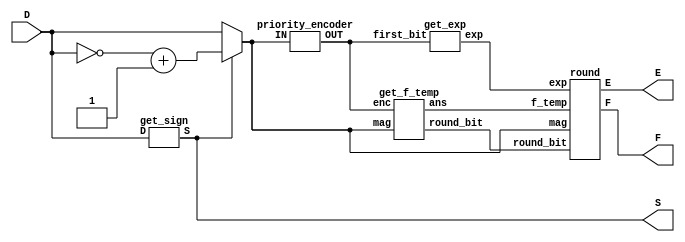
`timescale 1ns / 1ps
//////////////////////////////////////////////////////////////////////////////////
// Company: 
// Engineer: 
// 
// Design Name: 
// Module Name:    int_to_float.v 
// Project Name: 
// Target Devices: 
// Tool versions: 
// Description: 
//
// Dependencies: 
//
// Revision: 
// Revision 0.01 - File Created
// Additional Comments: 
//
//////////////////////////////////////////////////////////////////////////////////
module FPCVT(
    input [11:0] D,
    output S,
    output [2:0] E,
    output [3:0] F
    );
	 
	 wire [11:0] mag;
	 //wire first_bit;
	 wire [3:0] first_bit;
	 wire [3:0] f_temp;
	 wire round_bit;
	 wire [2:0] exp;
	
	 get_sign sign1(.D(D), .S(S));
	 
	 assign mag[11:0] = (S) ? (~D + 1) : D;
	 
	 priority_encoder p1(.IN(mag), .OUT(first_bit));
	 
	 get_f_temp gm1(.enc(first_bit), .mag(mag), .ans(f_temp), .round_bit(round_bit));
	 get_exp e1(.first_bit(first_bit), .exp(exp));
	 
	 round r1(.mag(mag), .f_temp(f_temp), .exp(exp), .round_bit(round_bit), .F(F), .E(E));
	 
	 
	
endmodule
	
//get sign 
module get_sign(input [11:0] D, output S);
	assign S = D[11];
endmodule

//get magnitude value
module get_f_temp(input [3:0] enc, input [11:0] mag, output reg [3:0] ans, output reg round_bit);
	always @ (enc, mag) begin
		if (enc <= 3) begin
			ans[3:0] <= mag[3:0];
			round_bit <= 0;
		end
		else begin
			ans[3:0] <= mag[enc -: 4];
			round_bit <= mag[enc-4];
		end
	end
endmodule

//get exponent value
module get_exp(input [3:0] first_bit, output reg [2:0] exp);
	always @ (first_bit) begin
	if (first_bit <= 3)
		exp[2:0] <= 0;
	else
		exp[2:0] <= first_bit[3:0] - 3;
	end

endmodule

module round(input [11:0] mag, input [3:0] f_temp, input [2:0] exp, input round_bit, output [3:0] F, output [2:0] E);
	wire [3:0] f1;
	wire [2:0] e1;
	wire overflow;
	assign overflow = (&f_temp) && round_bit;
	assign f1 = (round_bit && (&f_temp)) ? 4'b1000 : (round_bit ? f_temp + 1 : f_temp);
	
	assign e1 = ((exp >= 7) && overflow) ? 7 : (overflow ? exp + 1 : exp);
	assign F = mag >= 1921 ? 4'b1111 : f1;
	assign E = mag >= 1921 ? 3'b111 : e1;
endmodule
	
//get position of leading 1
module priority_encoder(
	input wire [11:0] IN,
	output reg [3:0] OUT
	);
	
	always @* begin
		if (IN[11]) OUT <= 11;
			
		else if (IN[10]) OUT <= 10;
			
		else if (IN[9]) OUT <= 9;
			
		else if (IN[8]) OUT <= 8;
			
		else if (IN[7]) OUT <= 7;
			
		else if (IN[6]) OUT <= 6;
			
		else if (IN[5]) OUT <= 5;
			
		else if (IN[4]) OUT <= 4;
			
		else if (IN[3]) OUT <= 3;
			
		else if (IN[2]) OUT <= 2;

		else if (IN[1]) OUT <= 1;
			
		else if (IN[0]) OUT <= 0;
		
		else OUT <= 0;
  end
  	
endmodule